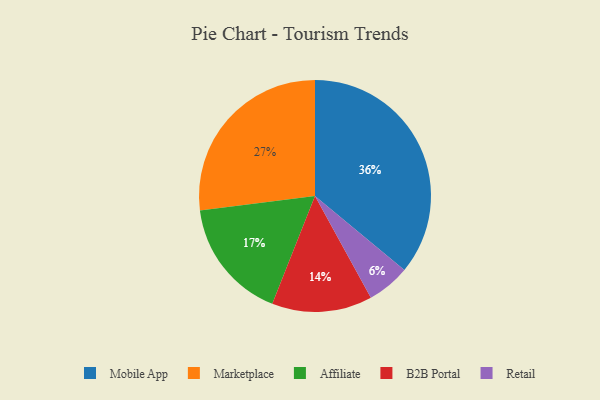
{"axis": {"x": "Category", "y": "Percentage"}, "legend": ["Affiliate", "B2B Portal", "Marketplace", "Mobile App", "Retail"], "data": [{"x": "Affiliate", "y": 17, "type": "Affiliate"}, {"x": "Marketplace", "y": 27, "type": "Marketplace"}, {"x": "Mobile App", "y": 36, "type": "Mobile App"}, {"x": "Retail", "y": 6, "type": "Retail"}, {"x": "B2B Portal", "y": 14, "type": "B2B Portal"}]}